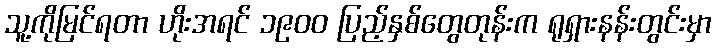
သူ့ကိုမြင်ရတာ ဟိုးအရင် ၁၉၀၀ ပြည့်နှစ်တွေတုန်းက ရုရှားနန်းတွင်းမှာ